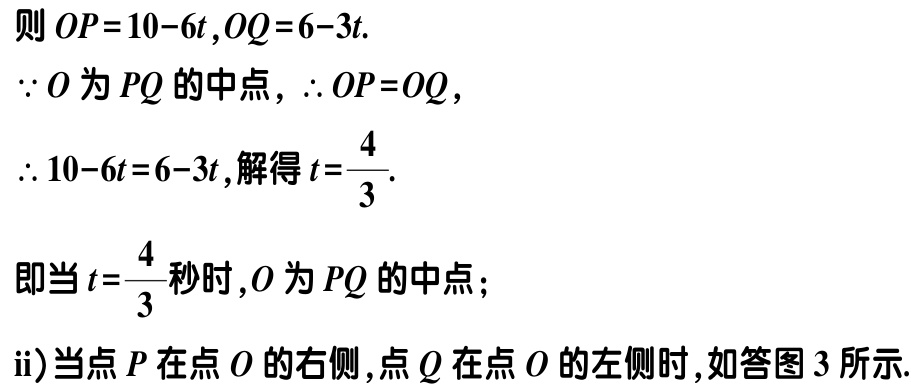
则 \(OP = 10 - 6t, OQ = 6 - 3t.\)

\(\because O\) 为 \(PQ\) 的中点, \(\therefore OP = OQ\),

\(\therefore 10 - 6t = 6 - 3t\),解得 \(t = \dfrac{4}{3}.\)

即当 \(t = \dfrac{4}{3}\) 秒时, \(O\) 为 \(PQ\) 的中点;

ii)当点 \(P\) 在点 \(O\) 的右侧, 点 \(Q\) 在点 \(O\) 的左侧时, 如答图 3 所示.